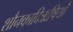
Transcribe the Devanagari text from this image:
शौनकादिऋषियों